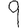
Digit: 9